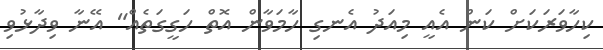
ކިހާވަރަކަށް ކަން އެއީ މިއަދު އެނގި ހާމަވާން އޮތް ހަގީގަތެއް" އޭނާ ވިދާޅުވި